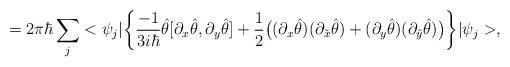
LaTeX: \begin{align*}= 2 \pi \hbar \sum_j < \psi_j | \bigg\{ \frac{-1}{3 i \hbar} \hat \theta [\partial_x \hat\theta , \partial_y \hat \theta ] + \frac{1}{2} \big( (\partial_x \hat \theta)(\partial_{\tilde x} \hat\theta) + (\partial_y \hat\theta)(\partial_{\tilde y} \hat\theta) \big) \bigg\} | \psi_j >,\end{align*}